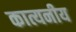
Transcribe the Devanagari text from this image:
कात्यनीय